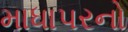
માધાપરનો